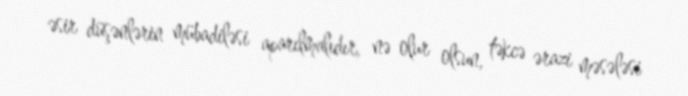
əsir düşənlərin mübadiləsi aparılmalıdır, nə olur olsun, təkcə ərazi məsələsi